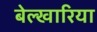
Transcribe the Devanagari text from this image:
बेल्खारिया